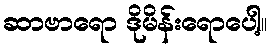
ဆာဗာရော ဒိုမိန်းရောပေါ့။